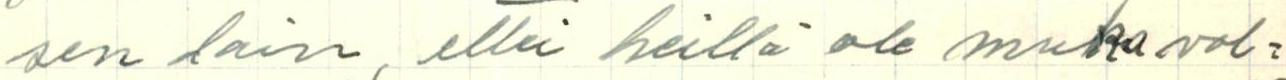
sen lain, ettei heillä ole muka vel=